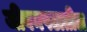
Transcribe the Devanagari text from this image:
जीवनपटातील